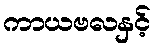
ကာယဗလနှင့်